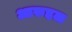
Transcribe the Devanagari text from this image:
आरुहळ